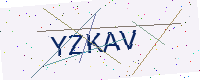
Text: YZKAV